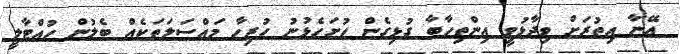
އޭނާ އިތުރަށް ވިދާޅުވީ އިންތިހާބާ ގުޅިގެން ހުށަހެޅުނު ހުރިހާ މައްސަލަތަކެއް ބެލުން ހުއްޓާލީ